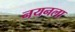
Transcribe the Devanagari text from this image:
नयनला